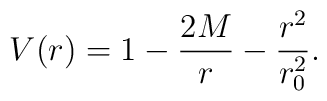
V(r) = 1 - \frac{2M}{r} - \frac{r^2}{r_0^2}.